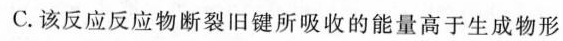
C.该反应反应物断裂旧键所吸收的能量高于生成物形